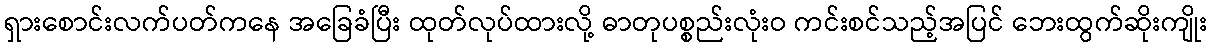
ရှားစောင်းလက်ပတ်ကနေ အခြေခံပြီး ထုတ်လုပ်ထားလို့ ဓာတုပစ္စည်းလုံးဝ ကင်းစင်သည့်အပြင် ဘေးထွက်ဆိုးကျိုး